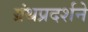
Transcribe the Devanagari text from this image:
ग्रंथप्रदर्शने